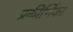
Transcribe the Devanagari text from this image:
प्रकीर्णिका